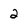
Character: 2